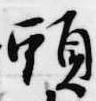
頭